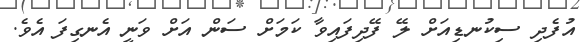
އުފެދި ސިކުނޑިއަށް ލޭ ފޭދިފައިވާ ކަމަށް ސަން އަށް ވަނީ އެނގިފަ އެވެ.